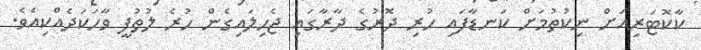
ކާކޮޓަރިއަށް ނިކުތުމަށް ކަނޑާފައި ހުރި ދޮރުގެ ދާރާގައި ޖެހިލައިގެން ހުރެ ލުތުފީ ވާހަކަދެއްކިއެވެ.